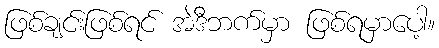
ဖြစ်ချင်းဖြစ်ရင် အဲဒီဘက်မှာ ဖြစ်ရမှာပေါ့။